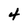
Character: 4